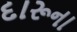
દારૂના